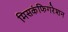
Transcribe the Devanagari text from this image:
मिसकंफिगरेशन